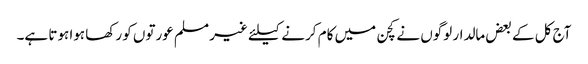
آج کل کے بعض مالدار لوگوں نے کچن میں کام کرنے کیلئے غیر مسلم عورتوں کو رکھا ہوا ہوتا ہے۔